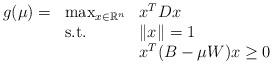
LaTeX: \begin{align*}\begin{array}{lll}g(\mu)=&\max_{x\in \Bbb R^n}&x^TDx\\&{\rm s.t.} & \|x\|= 1\\&\ & x^T(B-\mu W)x\ge0\end{array}\end{align*}